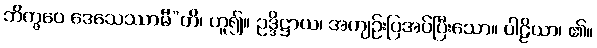
ဘိက္ခဝေ ဒေသေဿာမီ”တိ၊ ဟူ၍။ ဥဒ္ဒိဋ္ဌာယ၊ အကျဉ်းပြအပ်ပြီးသော။ ပါဠိယာ၊ ၏။